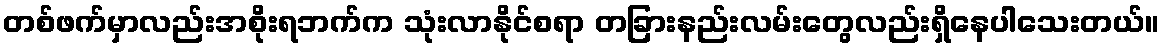
တစ်ဖက်မှာလည်းအစိုးရဘက်က သုံးလာနိုင်စရာ တခြားနည်းလမ်းတွေလည်းရှိနေပါသေးတယ်။